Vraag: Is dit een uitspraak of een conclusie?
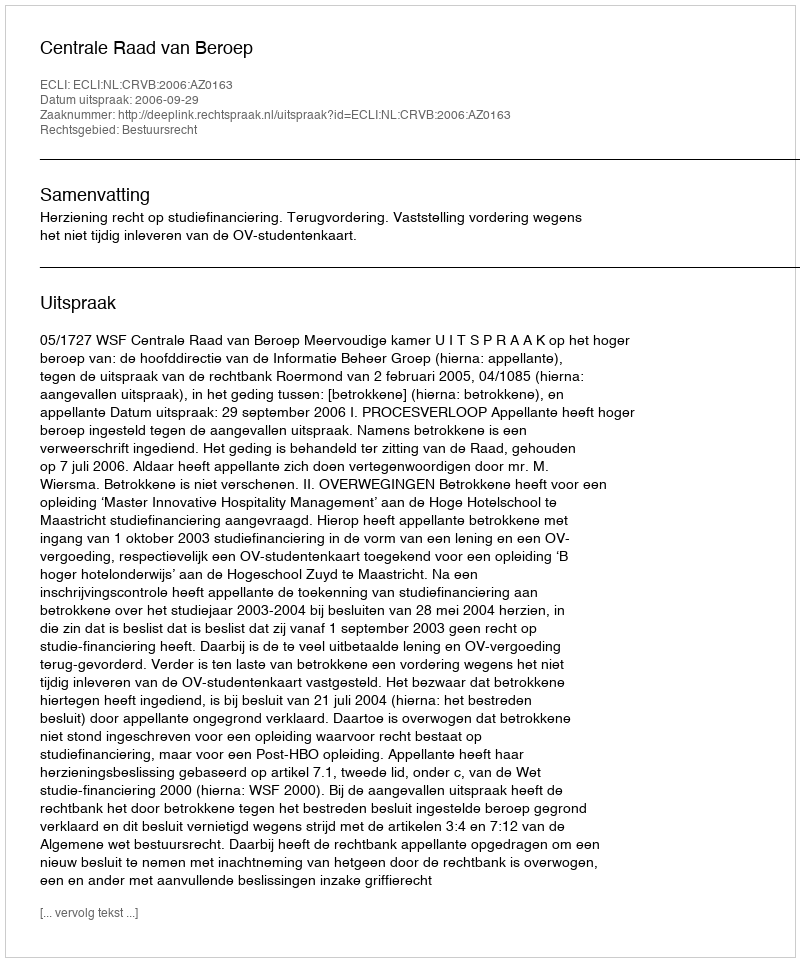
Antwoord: Uitspraak